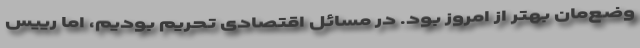
وضع‌مان بهتر از امروز بود. در مسائل اقتصادی تحریم بودیم، اما رییس